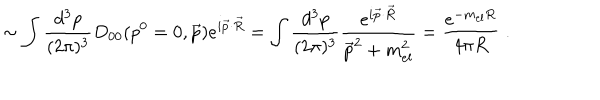
\sim \int \frac { d ^ { 3 } p } { ( 2 \pi ) ^ { 3 } } D _ { 0 0 } ( p ^ { 0 } = 0 , \vec { p } ) e ^ { i \vec { p } \cdot \vec { R } } = \int \frac { d ^ { 3 } p } { ( 2 \pi ) ^ { 3 } } \frac { e ^ { i \vec { p } \cdot \vec { R } } } { \vec { p } ^ { 2 } + m _ { e l } ^ { 2 } } = \frac { e ^ { - m _ { e l } R } } { 4 \pi R } \; .